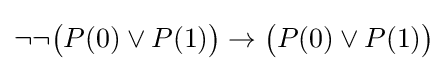
\neg \neg {\big (}P(0)\lor P(1){\big )}\to {\big (}P(0)\lor P(1){\big )}